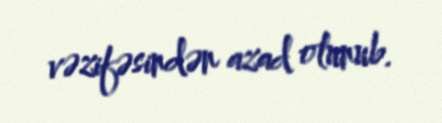
vəzifəsindən azad olunub.